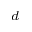
_ d